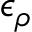
\epsilon _ { \rho }